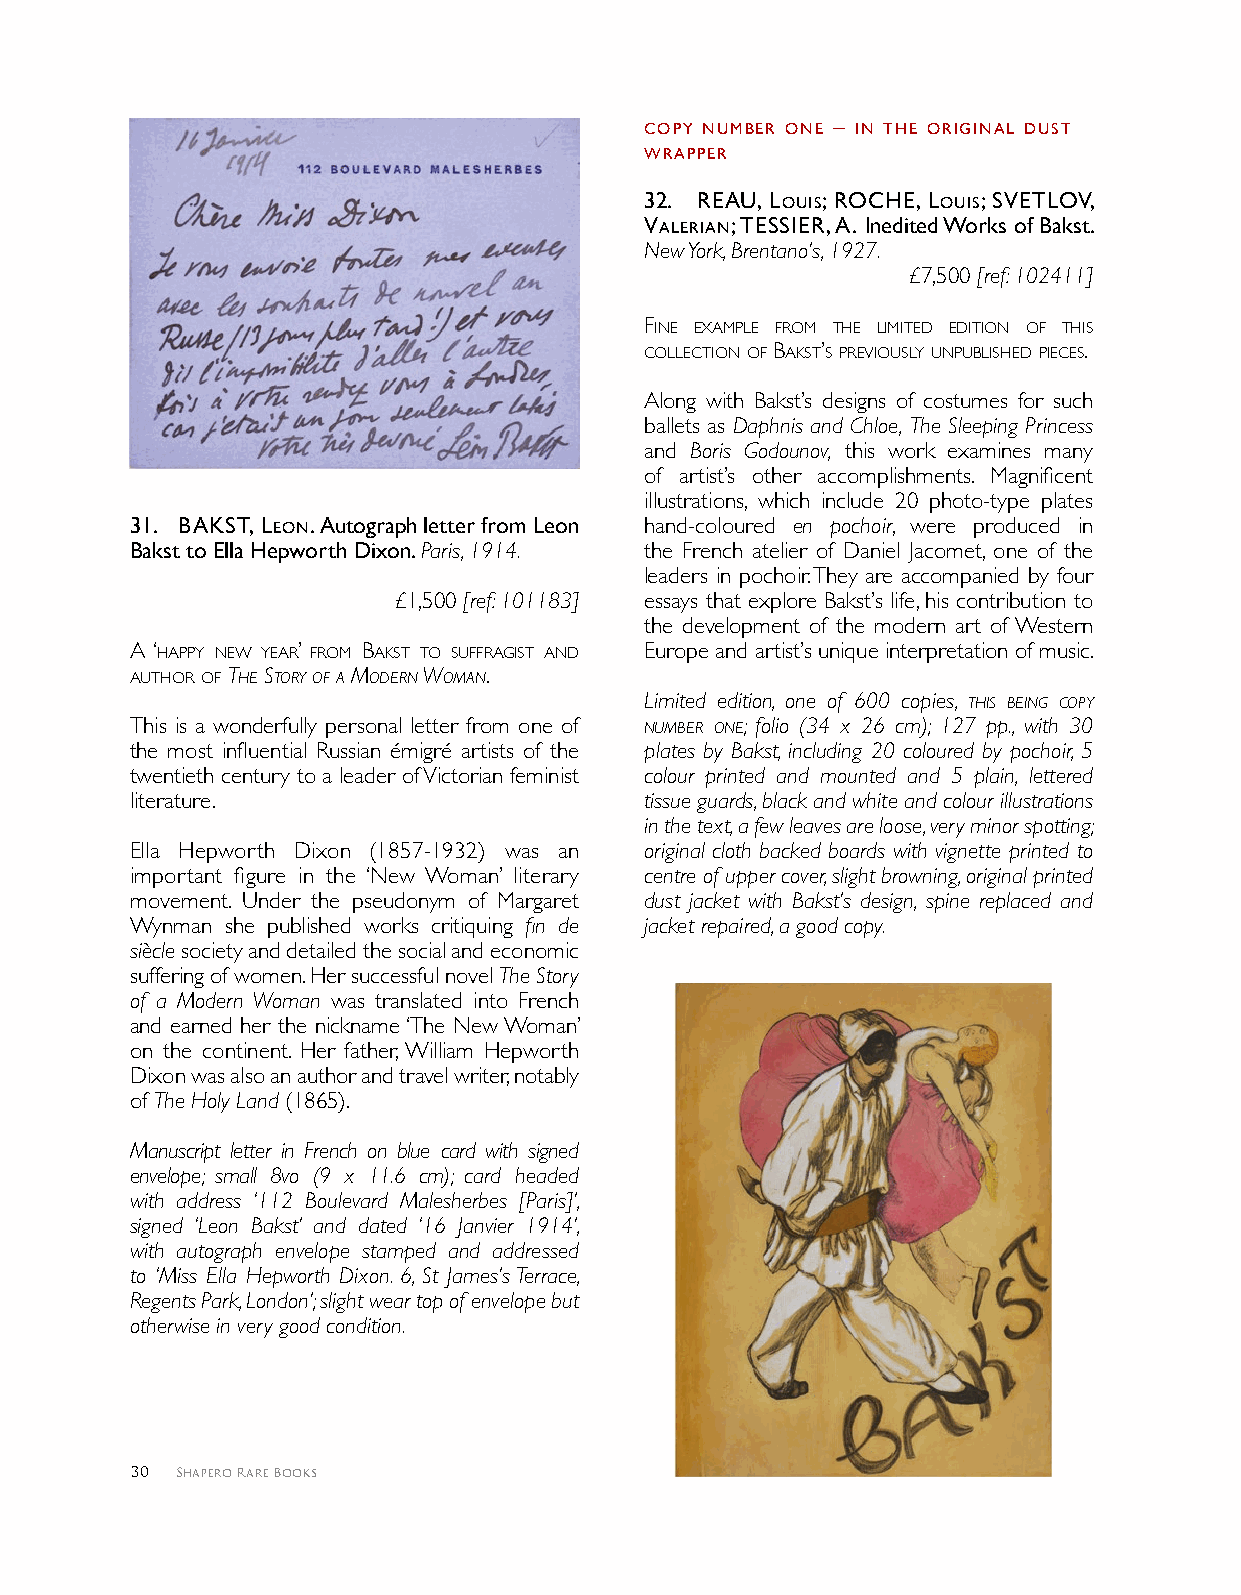
coPY NUMber oNe – IN THe orIgINAl dUST
 wrAPPer
 3 2 . reAU, loUIS; rocHe, loUIS; SVeTloV,
 VAlerIAN; TeSSIer, A. Inedited Works of Bakst.
 New York, Brentano’s, 1927.
 £7,500 [ref: 102411]
 fine exAmple from the limited edition of this
 collection of bAkst’s preViously unpublished pieces.
 Along with Bakst’s designs of costumes for such
 ballets as Daphnis and Chloe, The Sleeping Princess
 and Boris Godounov, this work examines many
 of artist’s other accomplishments. Magnificent
 illustrations, which include 20 photo-type plates
 3 1 . bAKST, leoN. Autograph letter from Leon hand-coloured en pochoir, were produced in
 Bakst to Ella Hepworth Dixon. Paris, 1914. the French atelier of Daniel Jacomet, one of the
 leaders in pochoir. They are accompanied by four
 £1,500 [ref: 101183] essays that explore Bakst’s life, his contribution to
 the development of the modern art of Western
 A ‘hAppy new yeAr’ from bAkst to suffrAgist And Europe and artist’s unique interpretation of music.
 Author of the story of a modern Woman.
 Limited edition, one of 600 copies, this being copy
 This is a wonderfully personal letter from one of number one; folio (34 x 26 cm); 127 pp., with 30
 the most influential Russian émigré artists of the plates by Bakst, including 20 coloured by pochoir, 5
 twentieth century to a leader of Victorian feminist colour printed and mounted and 5 plain, lettered
 literature.                       tissue guards, black and white and colour illustrations
 in the text, a few leaves are loose, very minor spotting;
 Ella Hepworth Dixon (1857-1932) was an original cloth backed boards with vignette printed to
 important figure in the ‘New Woman’ literary centre of upper cover, slight browning, original printed
 movement. Under the pseudonym of Margaret dust jacket with Bakst’s design, spine replaced and
 Wynman she published works critiquing fin de jacket repaired, a good copy.
 siècle society and detailed the social and economic
 suffering of women. Her successful novel The Story
 of a Modern Woman was translated into French
 and earned her the nickname ‘The New Woman’
 on the continent. Her father, William Hepworth
 Dixon was also an author and travel writer, notably
 of The Holy Land (1865).
 Manuscript letter in French on blue card with signed
 envelope; small 8vo (9 x 11.6 cm); card headed
 with address ‘112 Boulevard Malesherbes [Paris]’,
 signed ‘Leon Bakst’ and dated ‘16 Janvier 1914’,
 with autograph envelope stamped and addressed
 to ‘Miss Ella Hepworth Dixon. 6, St James’s Terrace,
 Regents Park, London’; slight wear top of envelope but
 otherwise in very good condition.
 30 Shapero Rare Books